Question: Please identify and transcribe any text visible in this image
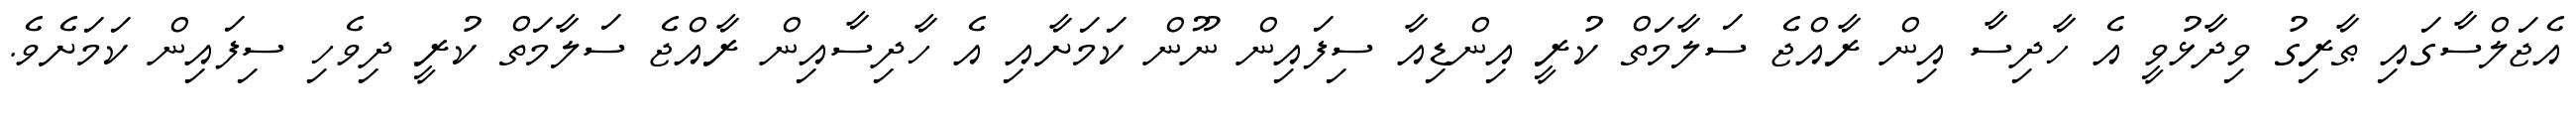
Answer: އެޖަލްސާގައި ޠާރިގު ވިދާޅުވީ އެ ހާދިސާ އިން ރާއްޖެ ސަލާމަތް ކުރީ އިންޑިއާ ސިފައިން ނޫން ކަމަށާއި އެ ހާދިސާއިން ރާއްޖެ ސަލާމަތް ކުރީ ދިވެހި ސިފައިން ކަމަށެވެ.